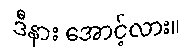
ဒီနား အောင့်လား။